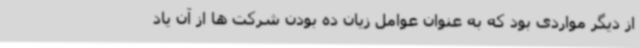
از دیگر مواردی بود که به عنوان عوامل زیان ده بودن شرکت ها از آن یاد